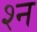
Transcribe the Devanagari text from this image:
श्‍न